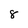
Character: 8